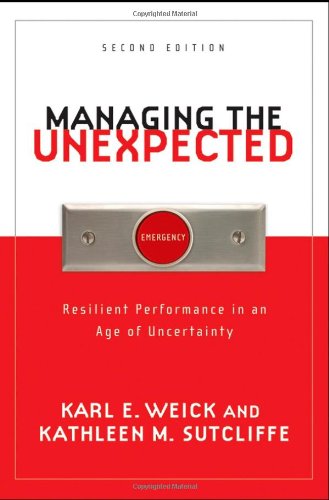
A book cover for Managing the Unexpected: Resilient Performance in an Age of Uncertainty; Karl E. Weick; Business & Money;